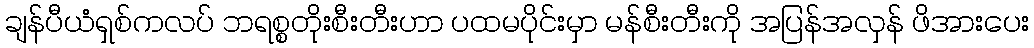
ချန်ပီယံရှစ်ကလပ် ဘရစ္စတိုးစီးတီးဟာ ပထမပိုင်းမှာ မန်စီးတီးကို အပြန်အလှန် ဖိအားပေး